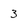
Character: 3